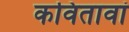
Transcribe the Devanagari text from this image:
कवितावां